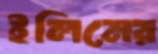
ইলিমের